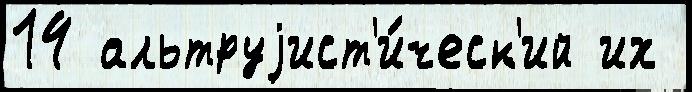
14 альтруjист'и́ческ'ий их